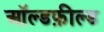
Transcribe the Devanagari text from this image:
ऑल्डफ़ील्ड